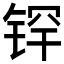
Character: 𰾉